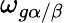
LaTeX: \omega_{g\alpha/\beta}